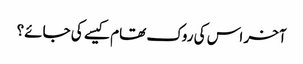
آخر اس کی روک تھام کیسے کی جائے؟